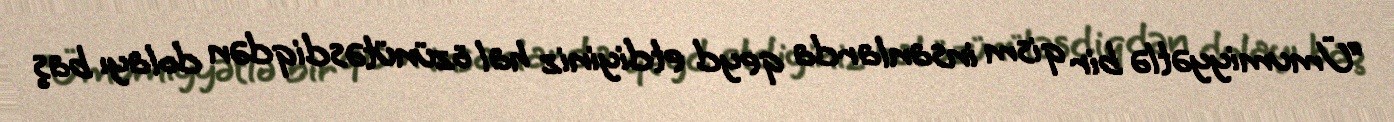
“Ümumiyyətlə bir qism insanlarda qeyd etdiyiniz hal özünütəsdiqdən dolayı baş